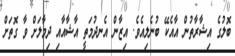
ބޮލުގެ އިޝާރާތުން އާއެކޭ ބުނެލިއެވެ. އިޒާން އެނދުމަތީ އާޝާއާއި ދިމާލަށް ވާ ގޮތަށް